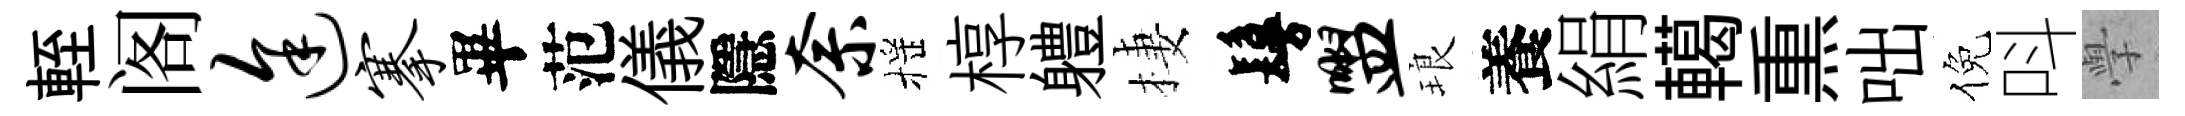
輊阁途搴畢范儀隱奈摇椁軆棲鬘盥琅養絹轕𤋱咄倪呌𭓕